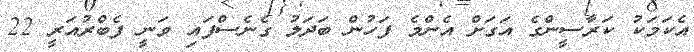
އެކަމަކު ކަރާސީންގެ އަގަށް އެންމެ ފަހުން ބަދަލު ގެނެސްފައި ވަނީ ފެބްރުއަރީ 22